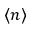
\langle n \rangle